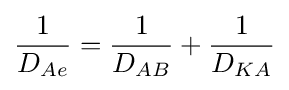
{\frac {1}{{D}_{Ae}}}={\frac {1}{{D}_{AB}}}+{\frac {1}{{D}_{KA}}}